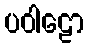
ပဝါဠော